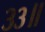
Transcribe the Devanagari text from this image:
३३॥